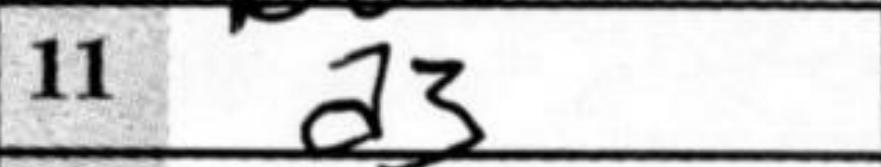
Transcription: a3